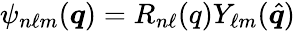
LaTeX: {\psi_{n\ell m}(\boldsymbol{q})=R_{n\ell}(q)Y_{\ell m}(\hat{\boldsymbol{q}})}